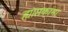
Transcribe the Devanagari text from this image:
ह्याप्तकामा